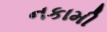
નકામી